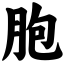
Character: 胞